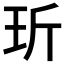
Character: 𤤆